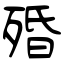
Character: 殙